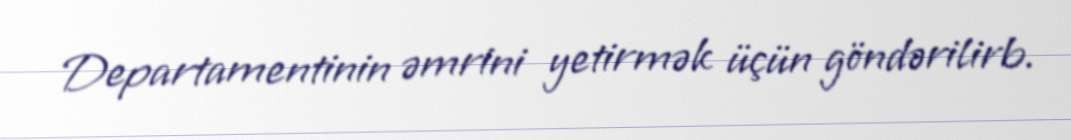
Departamentinin əmrini yetirmək üçün göndərilirb.